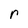
Character: r